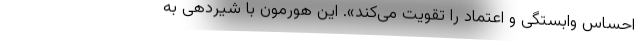
احساس وابستگی و اعتماد را تقویت می‌کند». این هورمون با شیردهی به